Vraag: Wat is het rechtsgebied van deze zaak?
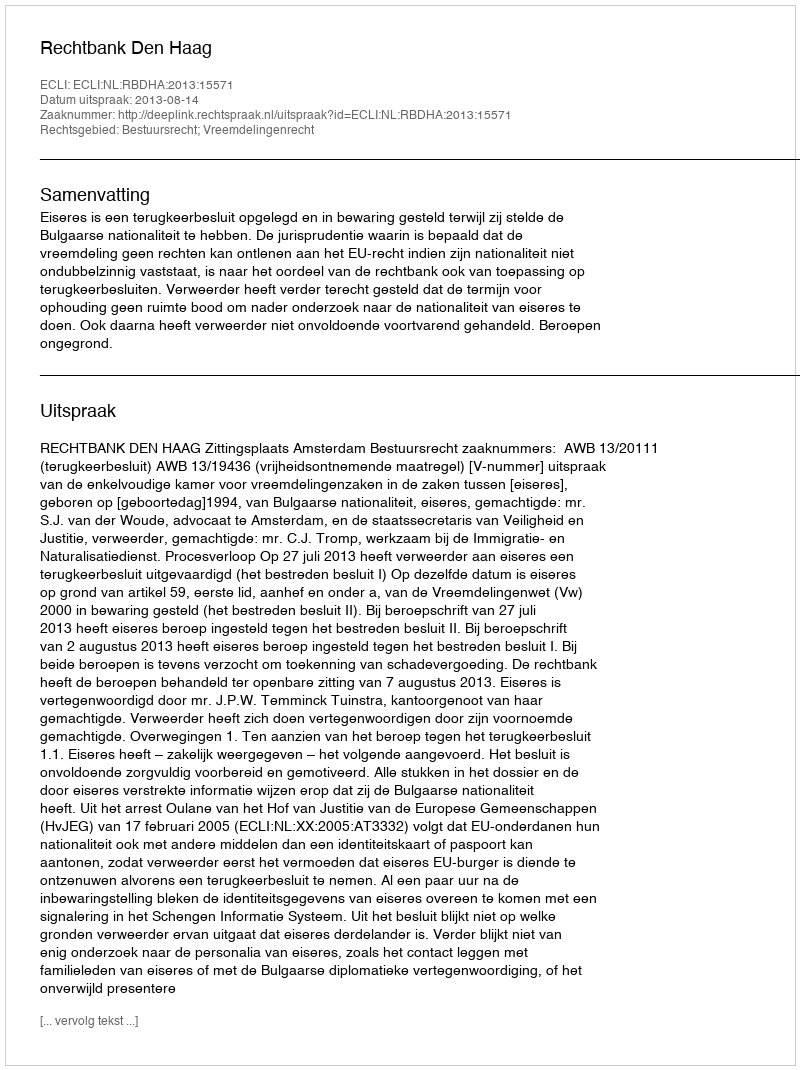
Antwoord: Bestuursrecht; Vreemdelingenrecht